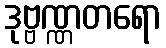
ဒုဗ္ဗဏ္ဏတရော